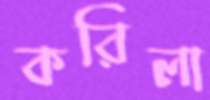
করিলা